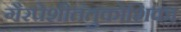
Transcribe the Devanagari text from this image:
गैरपेशीतंतुकोशिका